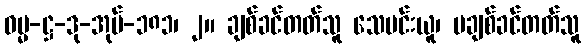
ဓမ္မ-ဋ္ဌ-ဒု-အုပ်-၁၈၁၊ ၂။ ချစ်ခင်တတ်သူ သေမင်းယူ၊ မချစ်ခင်တတ်သူ